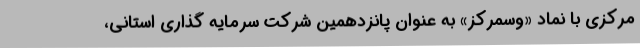
مرکزی با نماد «وسمرکز» به عنوان پانزدهمین شرکت سرمایه گذاری استانی،